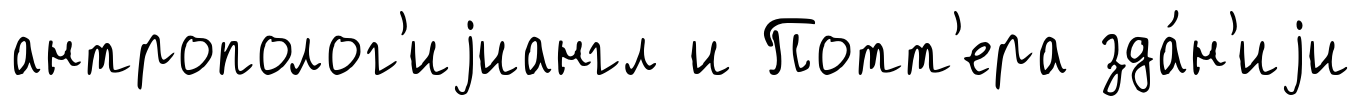
антрополог'иjиангл и Потт'ера зда́н'иjи